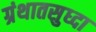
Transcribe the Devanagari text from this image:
ग्रंथातसुध्दा